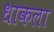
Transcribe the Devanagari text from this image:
धाकला